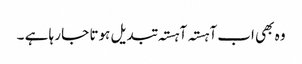
وہ بھی اب آہستہ آہستہ تبدیل ہوتا جا رہا ہے ۔